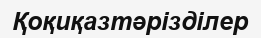
Қоқиқазтәрізділер